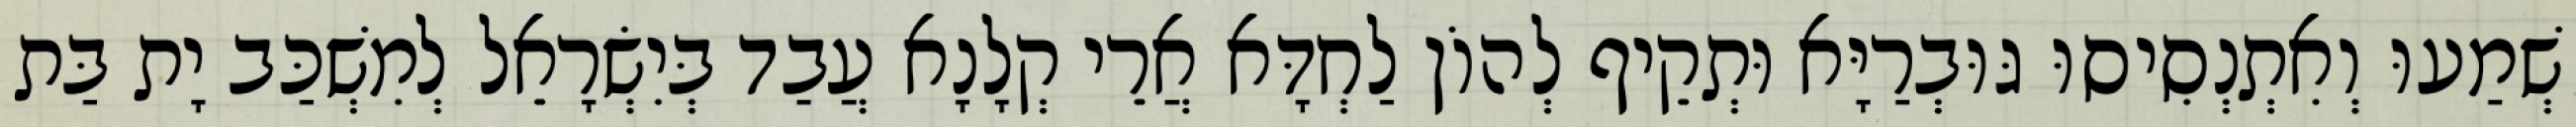
שְׁמַעוּ וְאִתְנְסִיסוּ גּוּבְרַיָּא וּתְקֵיף לְהוֹן לַחְדָּא אֲרֵי קְלָנָא עֲבַד בְּיִשְׂרָאֵל לְמִשְׁכַּב יָת בַּת